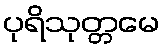
ပုရိသုတ္တမေ